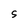
Character: s